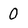
Character: 0